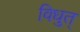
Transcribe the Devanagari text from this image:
विधुत्